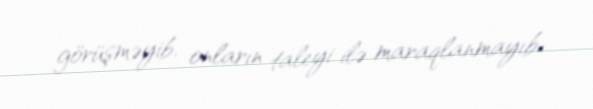
görüşməyib, onların taleyi ilə maraqlanmayıb.